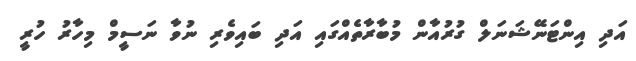
އަދި އިންޓަނޭޝަނަލް ގުރުއާން މުބާރާތެއްގައި އަދި ބައިވެރި ނުވާ ނަސީމް މިހާރު ހުރީ